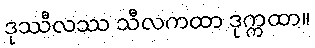
ဒုဿီလဿ သီလကထာ ဒုက္ကထာ။